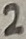
Text: 2